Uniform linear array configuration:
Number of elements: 32
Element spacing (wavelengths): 0.25
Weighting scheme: exponential
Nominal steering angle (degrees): -60
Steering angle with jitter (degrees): -59.624
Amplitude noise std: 0.05
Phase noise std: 0.05

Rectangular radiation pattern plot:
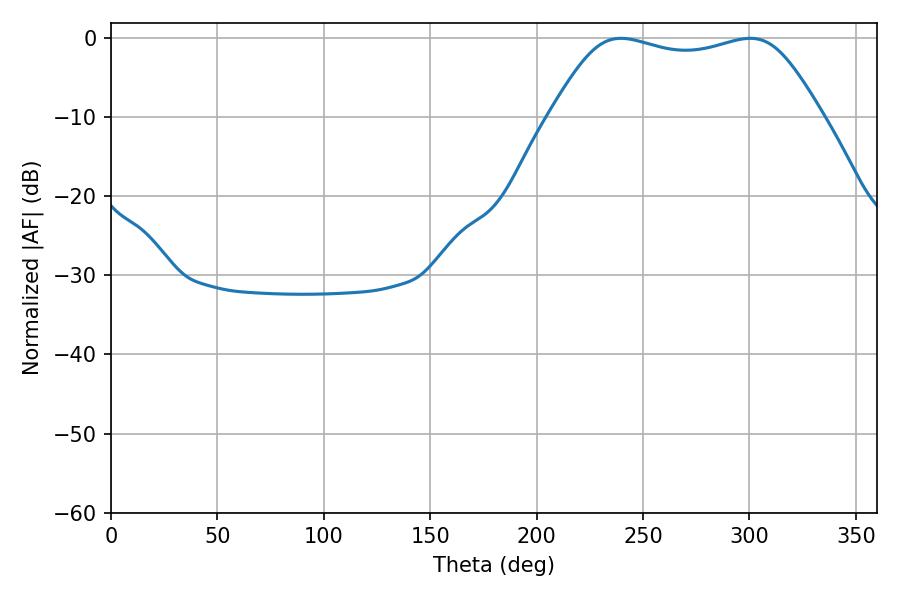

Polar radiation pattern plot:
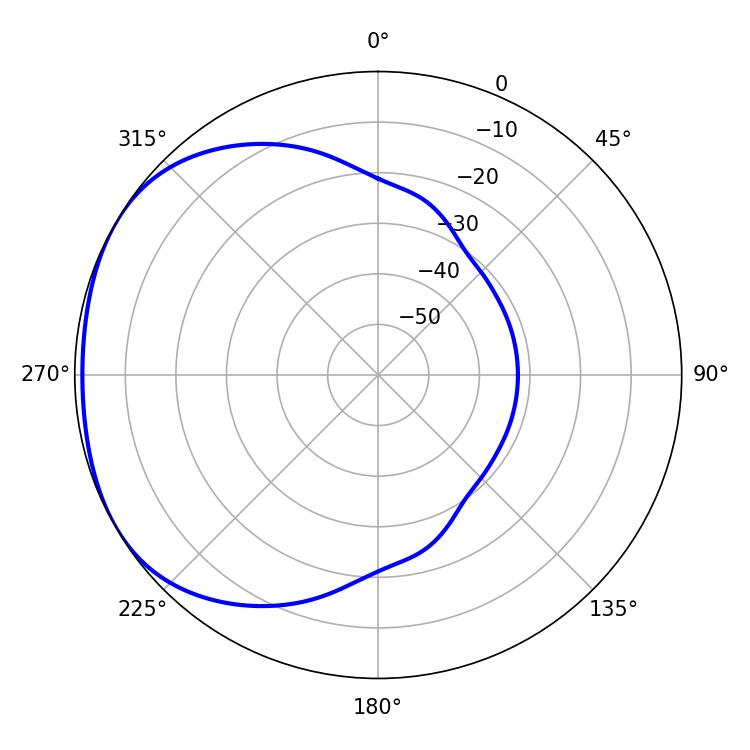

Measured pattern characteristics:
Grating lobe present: FALSE
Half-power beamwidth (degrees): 97.2
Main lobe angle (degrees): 239.58